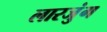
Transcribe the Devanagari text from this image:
लारजुंग